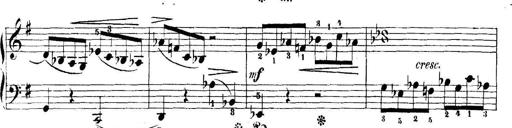
Title: 5 Sonatinas
Composer: Theodor Kirchner